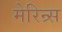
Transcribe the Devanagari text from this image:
मेरिन्र्स